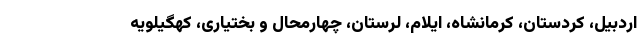
اردبیل، کردستان، کرمانشاه، ایلام، لرستان، چهارمحال و بختیاری، کهگیلویه